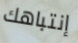
إنتباهك